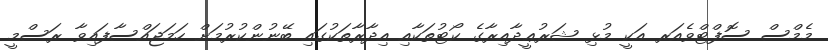
މެމްސް ސޮފްޓްވެއަރ އަކީ މުޅި ޝަރުޢީދާއިރާގެ ކޯޓުތަކާއި އިދާރާތަކުގައި ބޭނުންކުރުމަށް ހަމަޖައްސާފައިވާ ރަސްމީ